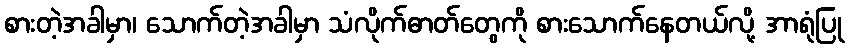
စားတဲ့အခါမှာ၊ သောက်တဲ့အခါမှာ သံလိုက်ဓာတ်တွေကို စားသောက်နေတယ်လို့ အာရုံပြု